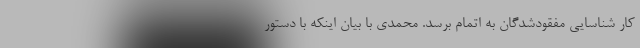
کار شناسایی مفقودشدگان به اتمام برسد. محمدی با بیان اینکه با دستور